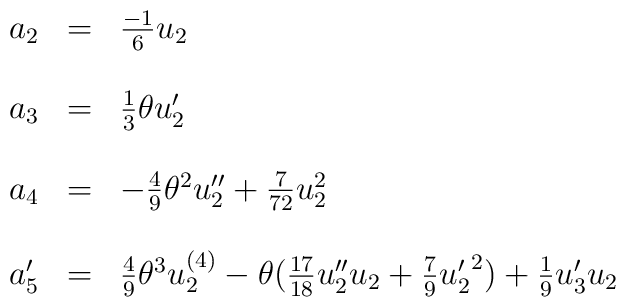
\begin{array}{lcl}a_2&=&\frac{-1}{6}u_2\\\\a_3&=&\frac{1}{3}\theta u'_2\\\\a_4&=&-\frac{4}{9}{\theta}^{2}u''_2+\frac{7}{72}u_{2}^{2}\\\\a'_5&=&\frac{4}{9}{\theta}^{3}u^{(4)}_2 - \theta(\frac{17}{18}u''_{2}u_{2} + \frac{7}{9}{u'_2}^{2})+\frac{1}{9}u'_{3}u_2\\\end{array}